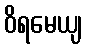
ဝိရမေယျ